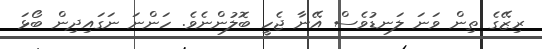
ރިޒޭގެ ތިން ވަނަ ލަނޑުވެސް އޭނާ ޖެހީ ބޮލުންނެވެ. ހަންނަ ނަގައިދިން ބޯޅަ